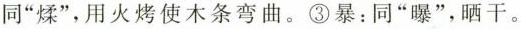
同”煣”，用火烤使木条弯曲。③暴：同”曝”，晒干